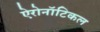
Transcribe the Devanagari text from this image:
ऐरोनॉटिकल